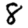
Digit: 8